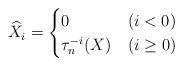
\begin{align*}\widehat{X}_i = \begin{cases} 0 & (i <0) \\ \tau^{-i}_n(X) & ( i \geq 0) \end{cases}\end{align*}